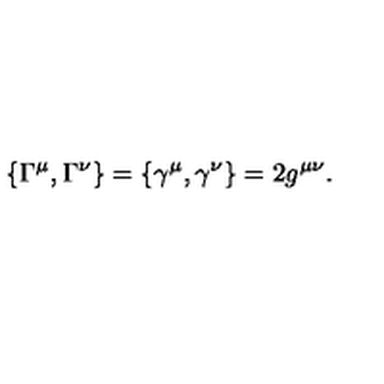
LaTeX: \{ \Gamma ^ { \mu } , \Gamma ^ { \nu } \} = \{ \gamma ^ { \mu } , \gamma ^ { \nu } \} = 2 g ^ { \mu \nu } .